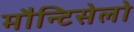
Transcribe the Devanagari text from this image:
मौन्टिसेलो